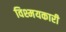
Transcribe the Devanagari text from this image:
विश्मयकारी